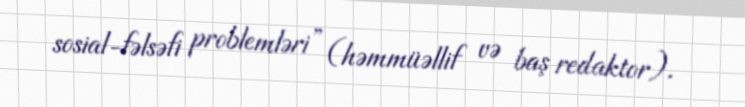
sosial-fəlsəfi problemləri” (həmmüəllif və baş redaktor).